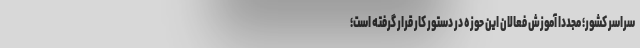
سراسر کشور؛ مجددا آموزش فعالان این حوزه در دستور کار قرار گرفته است؛